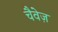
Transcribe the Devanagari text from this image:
चैवेज़